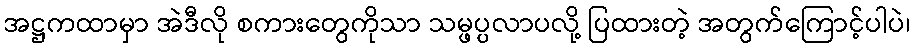
အဋ္ဌကထာမှာ အဲဒီလို စကားတွေကိုသာ သမ္ဖပ္ပလာပလို့ ပြထားတဲ့ အတွက်ကြောင့်ပါပဲ၊